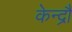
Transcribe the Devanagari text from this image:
केन्द्रौं